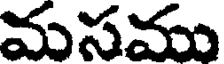
మసము